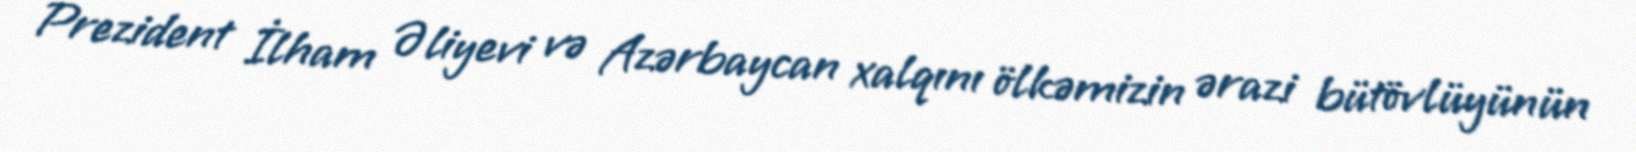
Prezident İlham Əliyevi və Azərbaycan xalqını ölkəmizin ərazi bütövlüyünün